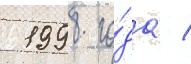
 1998 го́да /